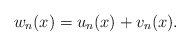
\begin{align*}w_{n}(x)=u_{n}(x)+v_{n}(x).\end{align*}